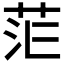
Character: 𮎷